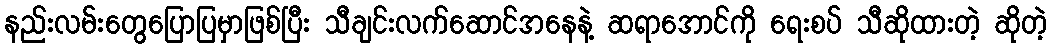
နည်းလမ်းတွေပြောပြမှာဖြစ်ပြီး သီချင်းလက်ဆောင်အနေနဲ့ ဆရာအောင်ကို ရေးစပ် သီဆိုထားတဲ့ ဆိုတဲ့